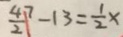
\frac { 4 7 } { 2 } - 1 3 = \frac { 1 } { 2 } x